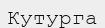
Кутурга